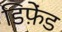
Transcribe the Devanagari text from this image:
डिफ़ेंड